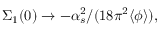
\Sigma _ { 1 } ( 0 ) \rightarrow - \alpha _ { s } ^ { 2 } / ( 1 8 \pi ^ { 2 } \langle \phi \rangle ) ,